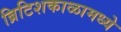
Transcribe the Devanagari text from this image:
ब्रिटिशकाळामध्ये